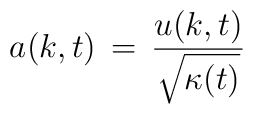
a(k, t) \, = \, {u(k,t) \over \sqrt{\kappa (t)}}